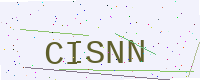
Text: CISNN